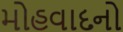
મોહવાદનો